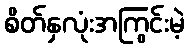
စိတ်နှလုံးအကြွင်းမဲ့